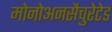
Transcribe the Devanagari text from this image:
मोनोअनसैचुरेटेड